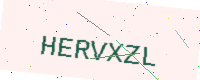
Text: HERVXZL